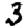
Digit: 3